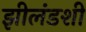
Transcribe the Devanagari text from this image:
झीलंडशी